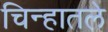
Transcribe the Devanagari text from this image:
चिन्हातले